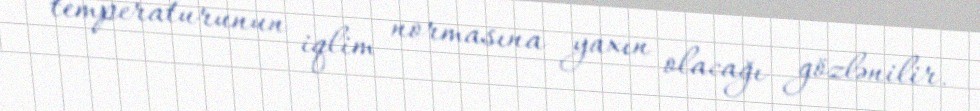
temperaturunun iqlim normasına yaxın olacağı gözlənilir.